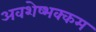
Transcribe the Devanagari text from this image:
अवशेष्भक्कम